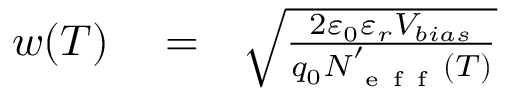
\begin{array} { r l r } { w ( T ) } & { { } = } & { \sqrt { { \frac { 2 \varepsilon _ { 0 } \varepsilon _ { r } V _ { b i a s } } { q _ { 0 } N _ { \mathrm { ~ e ~ f ~ f ~ } } ^ { ' } ( T ) } } } } \end{array}